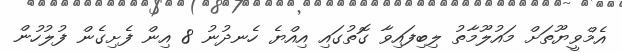
އެމްވީޔޫތަށް މައުލޫމާތު ލިބިފައިވާ ގޮތުގައި އިއްޔެ ހެނދުނު 8 އިން ފެށިގެން ފުލުހުން